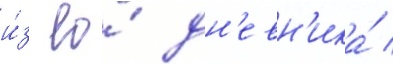
и́з ео́ дн'евн'ика́ /